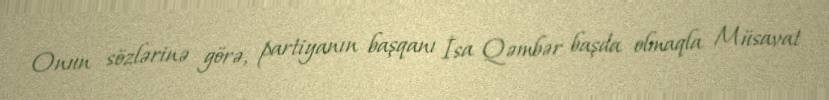
Onun sözlərinə görə, partiyanın başqanı İsa Qəmbər başda olmaqla Müsavat